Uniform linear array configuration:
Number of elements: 16
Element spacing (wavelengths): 0.5
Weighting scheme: uniform
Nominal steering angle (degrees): -60
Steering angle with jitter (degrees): -58.582
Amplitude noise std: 0.05
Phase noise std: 0.05

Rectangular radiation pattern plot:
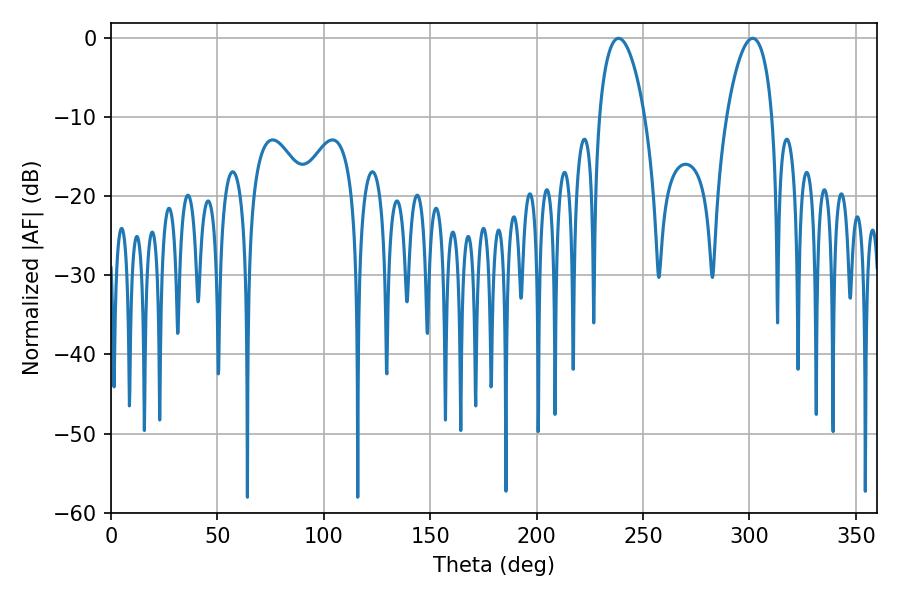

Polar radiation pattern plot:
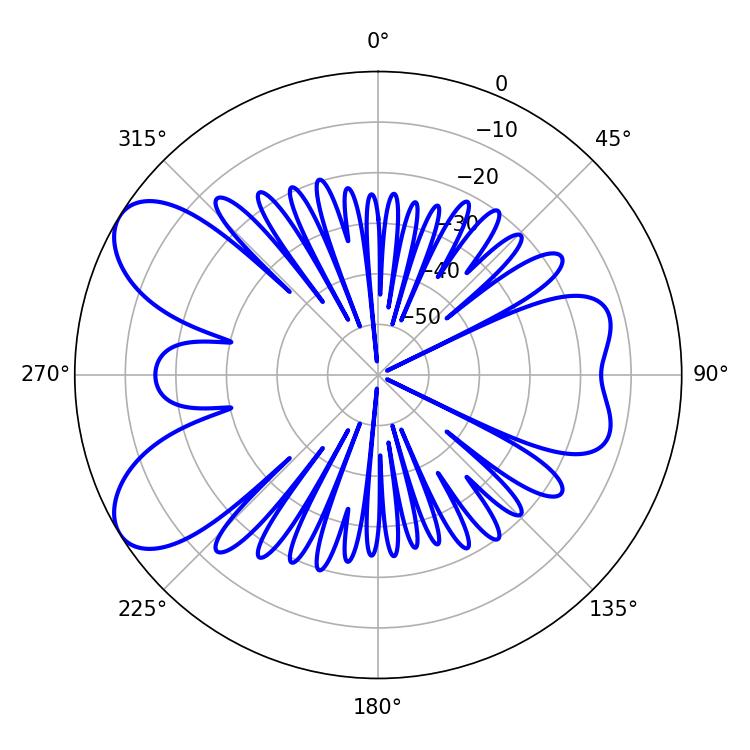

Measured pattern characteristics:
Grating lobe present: FALSE
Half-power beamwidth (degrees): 12.06
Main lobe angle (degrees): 301.5